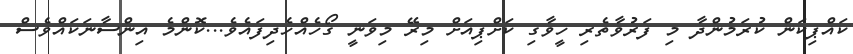
ކައްޕިކަން ކުރަމުންދާ މި ފަރުވާތެރި ހީވާގި ކަށްޕިއަށް މިރޭ މިވަނީ ގޯހެއްހެދިފައެވެ...ކޮންމެ އިންސާނަކައްވެސް